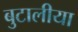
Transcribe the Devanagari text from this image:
बुटालीया